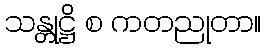
သန္တုဋ္ဌိ စ ကတညုတာ။